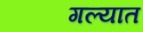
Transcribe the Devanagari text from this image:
गल्यात